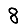
Digit: 8